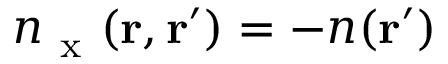
n _ { \mathrm { ~ x ~ } } ( \mathbf { r } , \mathbf { r } ^ { \prime } ) = - n ( \mathbf { r } ^ { \prime } )